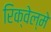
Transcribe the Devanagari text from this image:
रिक्वेल्मे